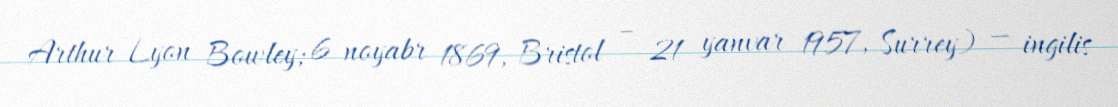
Arthur Lyon Bowley; 6 noyabr 1869, Bristol – 21 yanvar 1957, Surrey) — ingilis